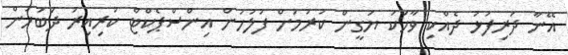
އޭނާ ދަރިފުޅު ދެއްކި ވާހަކަ ޔަގީން ކުރުމަށް ފުލުހުން އިންސްޕެކްޓް ކުރިއިރު ދަބަހުން